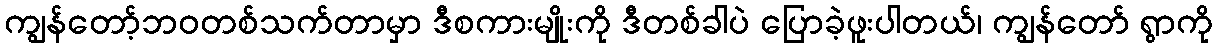
ကျွန်တော့်ဘဝတစ်သက်တာမှာ ဒီစကားမျိုးကို ဒီတစ်ခါပဲ ပြောခဲ့ဖူးပါတယ်၊ ကျွန်တော် ရွာကို